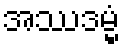
အဿဒမ္မံ